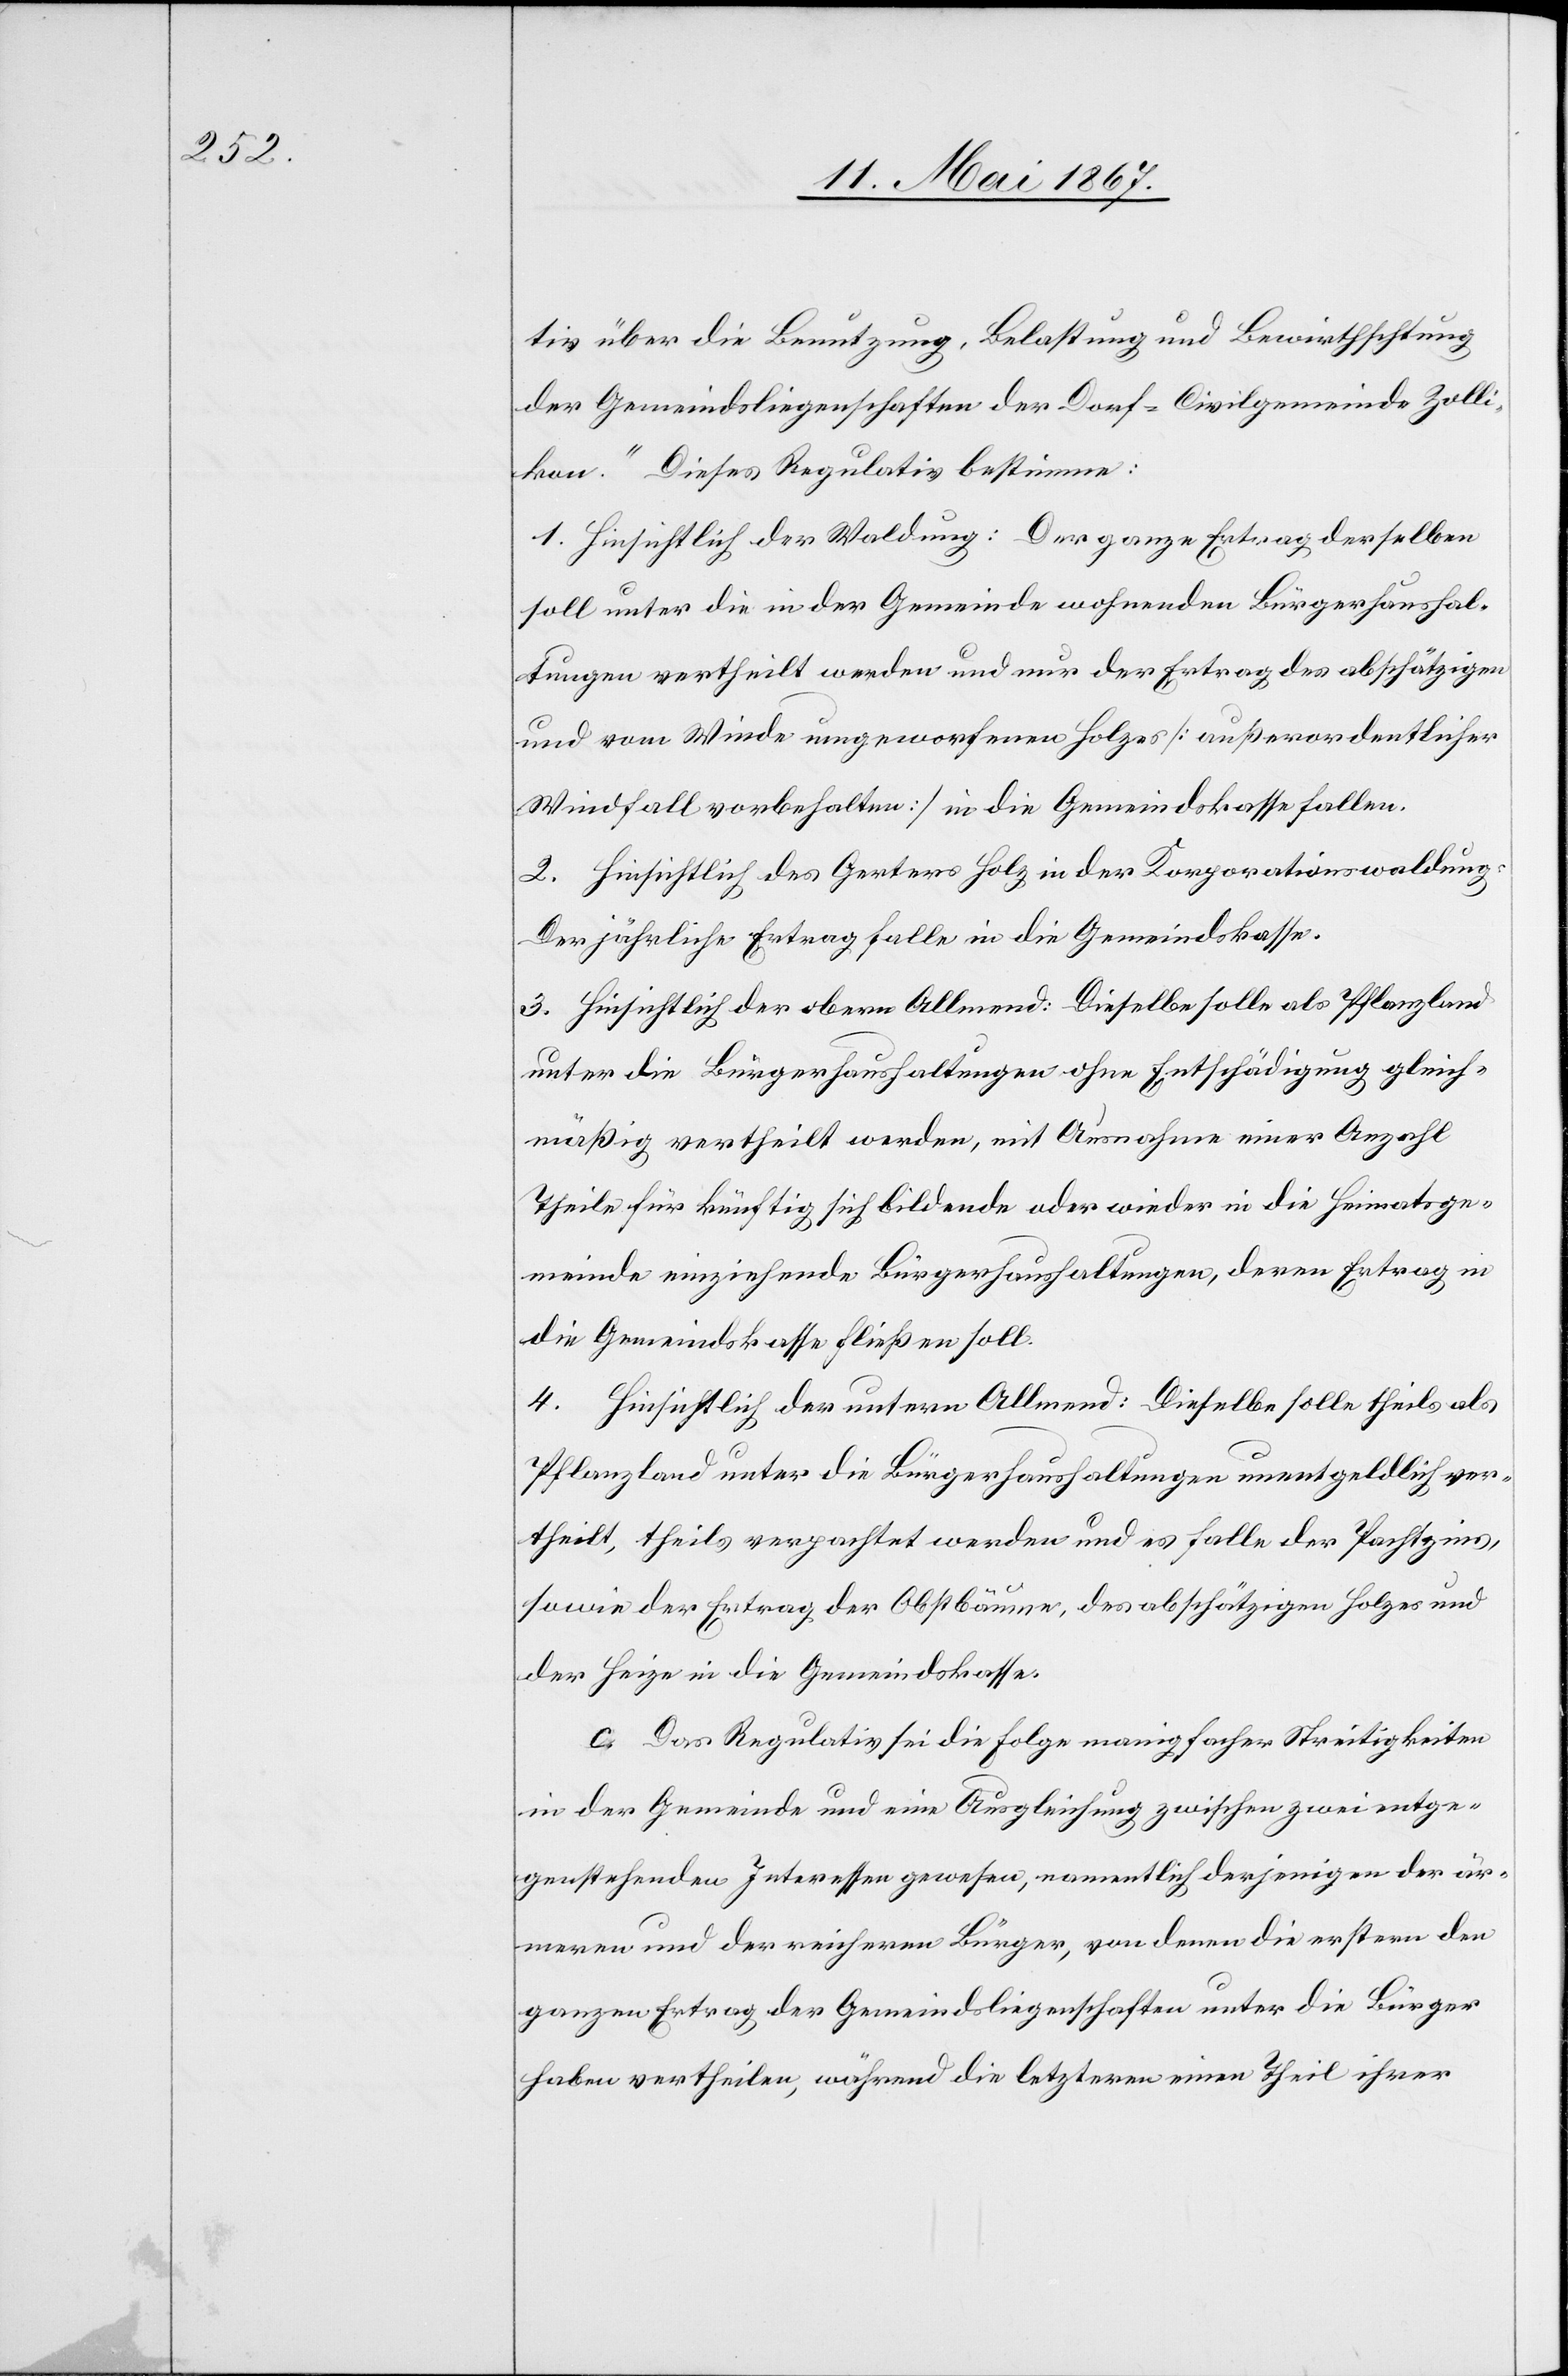
tiv über die Benutzung, Belastung und Bewirthschaftung
der Gemeindsliegenschaften der Dorf- und Civilgemeinde Zolli¬
kon.“ Dieses Regulativ bestimme:
1. Hinsichtlich der Waldung: Der ganze Ertrag derselben
soll unter die in der Gemeinde wohnenden Bürgerhaushal¬
tungen vertheilt werden und nur der Ertrag des abschätzigen
und vom Winde umgeworfenen Holzes [außerordentlicher
Windfall vorbehalten] in die Gemeindskasse fallen.
2. Hinsichtlich des Gartens Holz in der Korporationswaldung:
Der jährliche Ertrag falle in die Gemeindskasse.
3. Hinsichtlich der obern Allmend: Dieselbe solle als Pflanzland
unter die Bürgerhaushaltungen ohne Entschädigung gleich¬
mäßig vertheilt werden, mit Ausnahme einer Anzahl
Theile für künftig sich bildende oder wieder in die Heimatsge¬
meinde einziehende Bürgerhaushaltungen, deren Ertrag in
die Gemeindskasse fließen soll.
4. Hinsichtlich der untern Allmend: Dieselbe solle theils als
Pflanzland unter die Bürgerhaushaltungen unentgeldlich ver¬
theilt, theils verpachtet werden und es falle der Pachtzins,
sowie der Ertrag der Obstbäume, des abschätzigen Holzes und
der Feige in die Gemeindskasse.
Das Regulativ sei die Folge manigfacher Streitigkeiten
in der Gemeinde und eine Ausgleichung zwischen zwei entge¬
genstehenden Interessen gewesen, namentlich derjenigen der är¬
meren und der reicheren Bürger, von denen die erstern den
ganzen Ertrag der Gemeindsliegenschaften unter die Bürger
haben vertheilen, während die letztern einen Theil ihrer